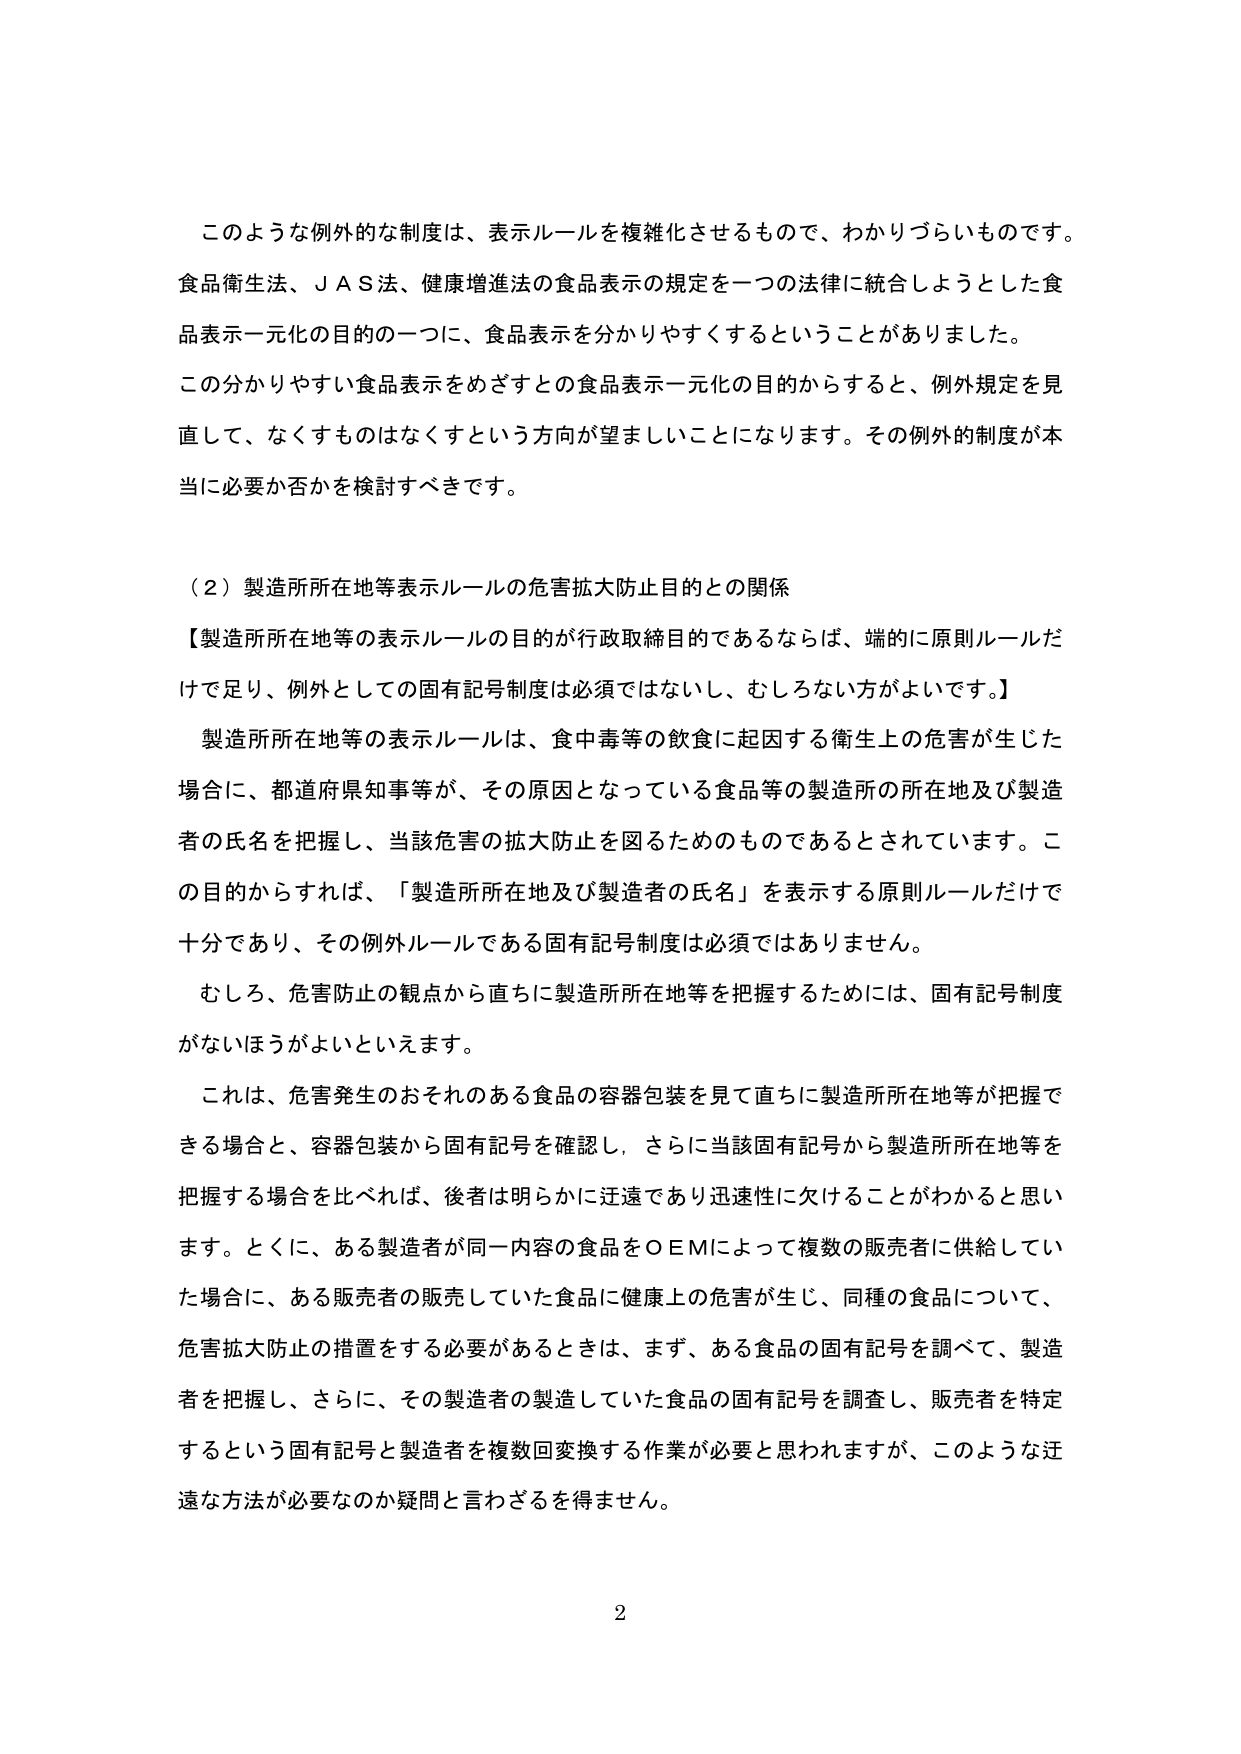
このような例外的な制度は、表示ルールを複雑化させるもので、わかりづらいものです。
食品衛生法、ＪＡＳ法、健康増進法の食品表示の規定を一つの法律に統合しようとした食品表示一元化の目的の一つに、食品表示を分かりやすくするということがありました。
この分かりやすい食品表示をめざすとの食品表示一元化の目的からすると、例外規定を見直して、なくすものはなくすという方向が望ましいことになります。その例外的制度が本当に必要か否かを検討すべきです。

（２）製造所所在地等表示ルールの危害拡大防止目的との関係
【製造所所在地等の表示ルールの目的が行政取締目的であるならば、端的に原則ルールだけで足り、例外としての固有記号制度は必須ではないし、むしろない方がよいです。】
製造所所在地等の表示ルールは、食中毒等の飲食に起因する衛生上の危害が生じた場合に、都道府県知事等が、その原因となっている食品等の製造所の所在地及び製造者の氏名を把握し、当該危害の拡大防止を図るためのものであるとされています。この目的からすれば、「製造所所在地及び製造者の氏名」を表示する原則ルールだけで十分であり、その例外ルールである固有記号制度は必須ではありません。
むしろ、危害防止の観点から直ちに製造所所在地等を把握するためには、固有記号制度がないほうがよいといえます。
これは、危害発生のおそれのある食品の容器包装を見て直ちに製造所所在地等が把握できる場合と、容器包装から固有記号を確認し、さらに当該固有記号から製造所所在地等を把握する場合を比べれば、後者は明らかに迂遠であり迅速性に欠けることがわかると思います。とくに、ある製造者が同一内容の食品をＯＥＭによって複数の販売者に供給していた場合に、ある販売者の販売していた食品に健康上の危害が生じ、同種の食品について、危害拡大防止の措置をする必要があるときは、まず、ある食品の固有記号を調べて、製造者を把握し、さらに、その製造者の製造していた食品の固有記号を調査し、販売者を特定するという固有記号と製造者を複数回変換する作業が必要と思われますが、このような迂遠な方法が必要なのか疑問と言わざるを得ません。

2